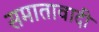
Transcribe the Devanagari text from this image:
समातावादी